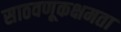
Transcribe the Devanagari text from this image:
साठवणूकक्षमता